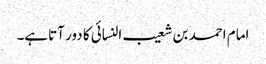
امام احمد بن شعیب النسائی کا دور آتاہے۔